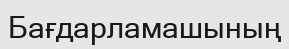
Бағдарламашының